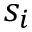
s _ { i }